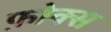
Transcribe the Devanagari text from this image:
फ़ोक्स